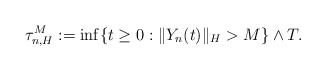
\begin{align*}\tau_{n,H}^M := \inf\{t\geq 0: \Vert Y_n(t)\Vert_H >M \}\wedge T .\end{align*}